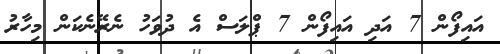
އައިފޯން 7 އަދި އައިފޯން 7 ޕްލަސް އެ ދުވަހު ނެރޭނެކަން މިހާރު